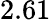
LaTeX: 2.61